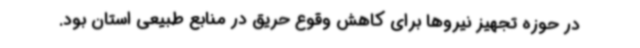
در حوزه تجهیز نیروها برای کاهش وقوع حریق در منابع طبیعی استان بود.